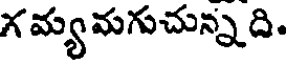
గమ్యమగుచున్నది.